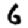
Digit: 6